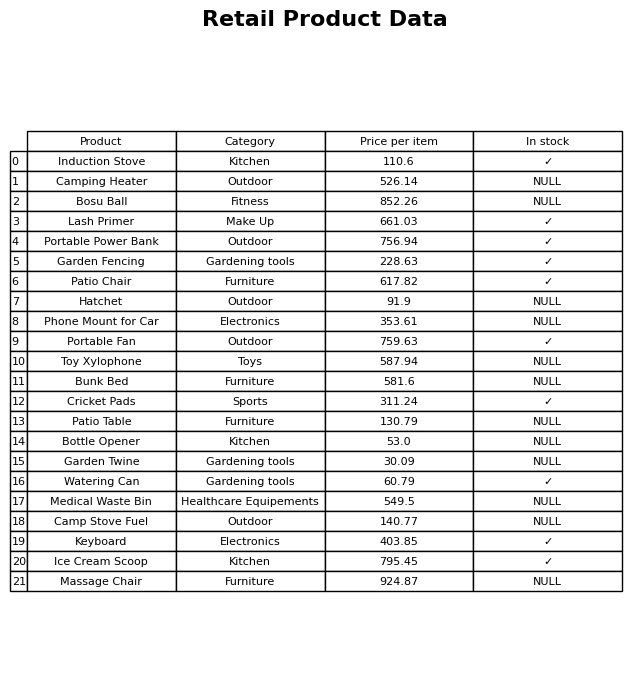
question: What is the price of the Toy Xylophone?
answer: The price of Toy Xylophone is 587.94.